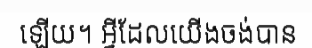
ឡើយ។ អ្វីដែលយើងចង់បាន